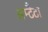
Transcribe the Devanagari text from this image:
अम्टैटा